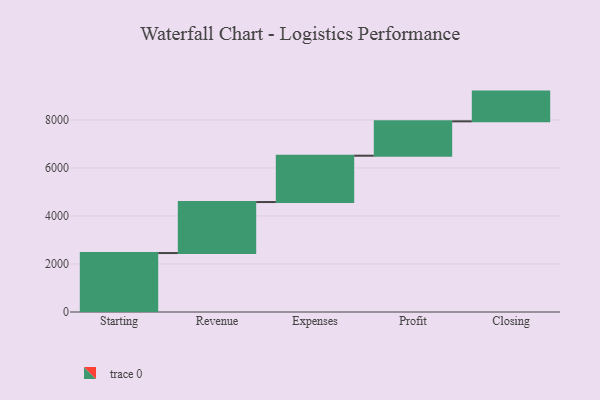
{"axis": {"x": "Step", "y": "Value"}, "legend": [""], "data": [{"x": "Starting", "y": 2456.0, "type": ""}, {"x": "Revenue", "y": 2125.0, "type": ""}, {"x": "Expenses", "y": 1930.0, "type": ""}, {"x": "Profit", "y": 1432.0, "type": ""}, {"x": "Closing", "y": 1239.0, "type": ""}]}